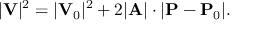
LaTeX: | \mathbf { V } | ^ { 2 } = | \mathbf { V } _ { 0 } | ^ { 2 } + 2 | \mathbf { A } | \cdot | \mathbf { P } - \mathbf { P } _ { 0 } | .